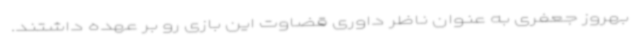
بهروز جعفری به عنوان ناظر داوری قضاوت این بازی رو بر عهده داشتند.